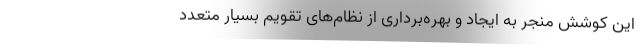
این کوشش منجر به ایجاد و بهره‌برداری از نظام‌های تقویم بسیار متعدد